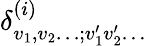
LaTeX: \delta_{v_{1},v_{2}\ldots;v_{1}^{\prime}v_{2}^{\prime}\ldots}^{(i)}